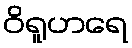
ဝိရူဟရေ